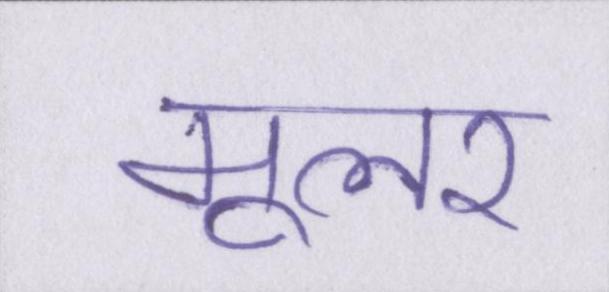
मूलर